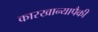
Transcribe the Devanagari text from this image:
कारखान्यापैकी